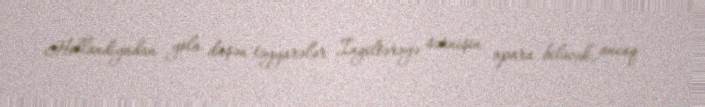
Hollandiyadan yola düşən təyyarələr İngiltərəyə sərnişin apara biləcək, ancaq